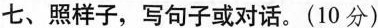
七、照样子,写句子或对话.(10 分)